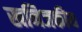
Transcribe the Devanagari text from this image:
खनिजकीय